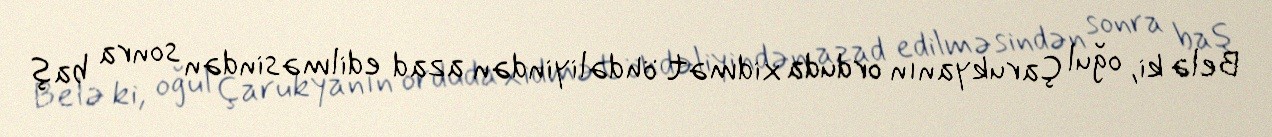
Belə ki, oğul Çarukyanın orduda xidmət öhdəliyindən azad edilməsindən sonra baş